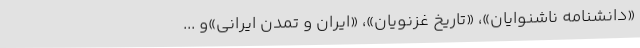
«دانشنامه ناشنوایان»، «تاریخ غزنویان»، «ایران و تمدن ایرانی»و ...